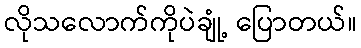
လိုသလောက်ကိုပဲချုံ့ ပြောတယ်။